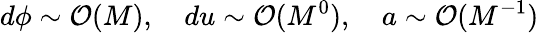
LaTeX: d\phi\sim\mathcal{O}(M),\quad du\sim\mathcal{O}(M^{0}),\quad a\sim\mathcal{O}(M^{-1})